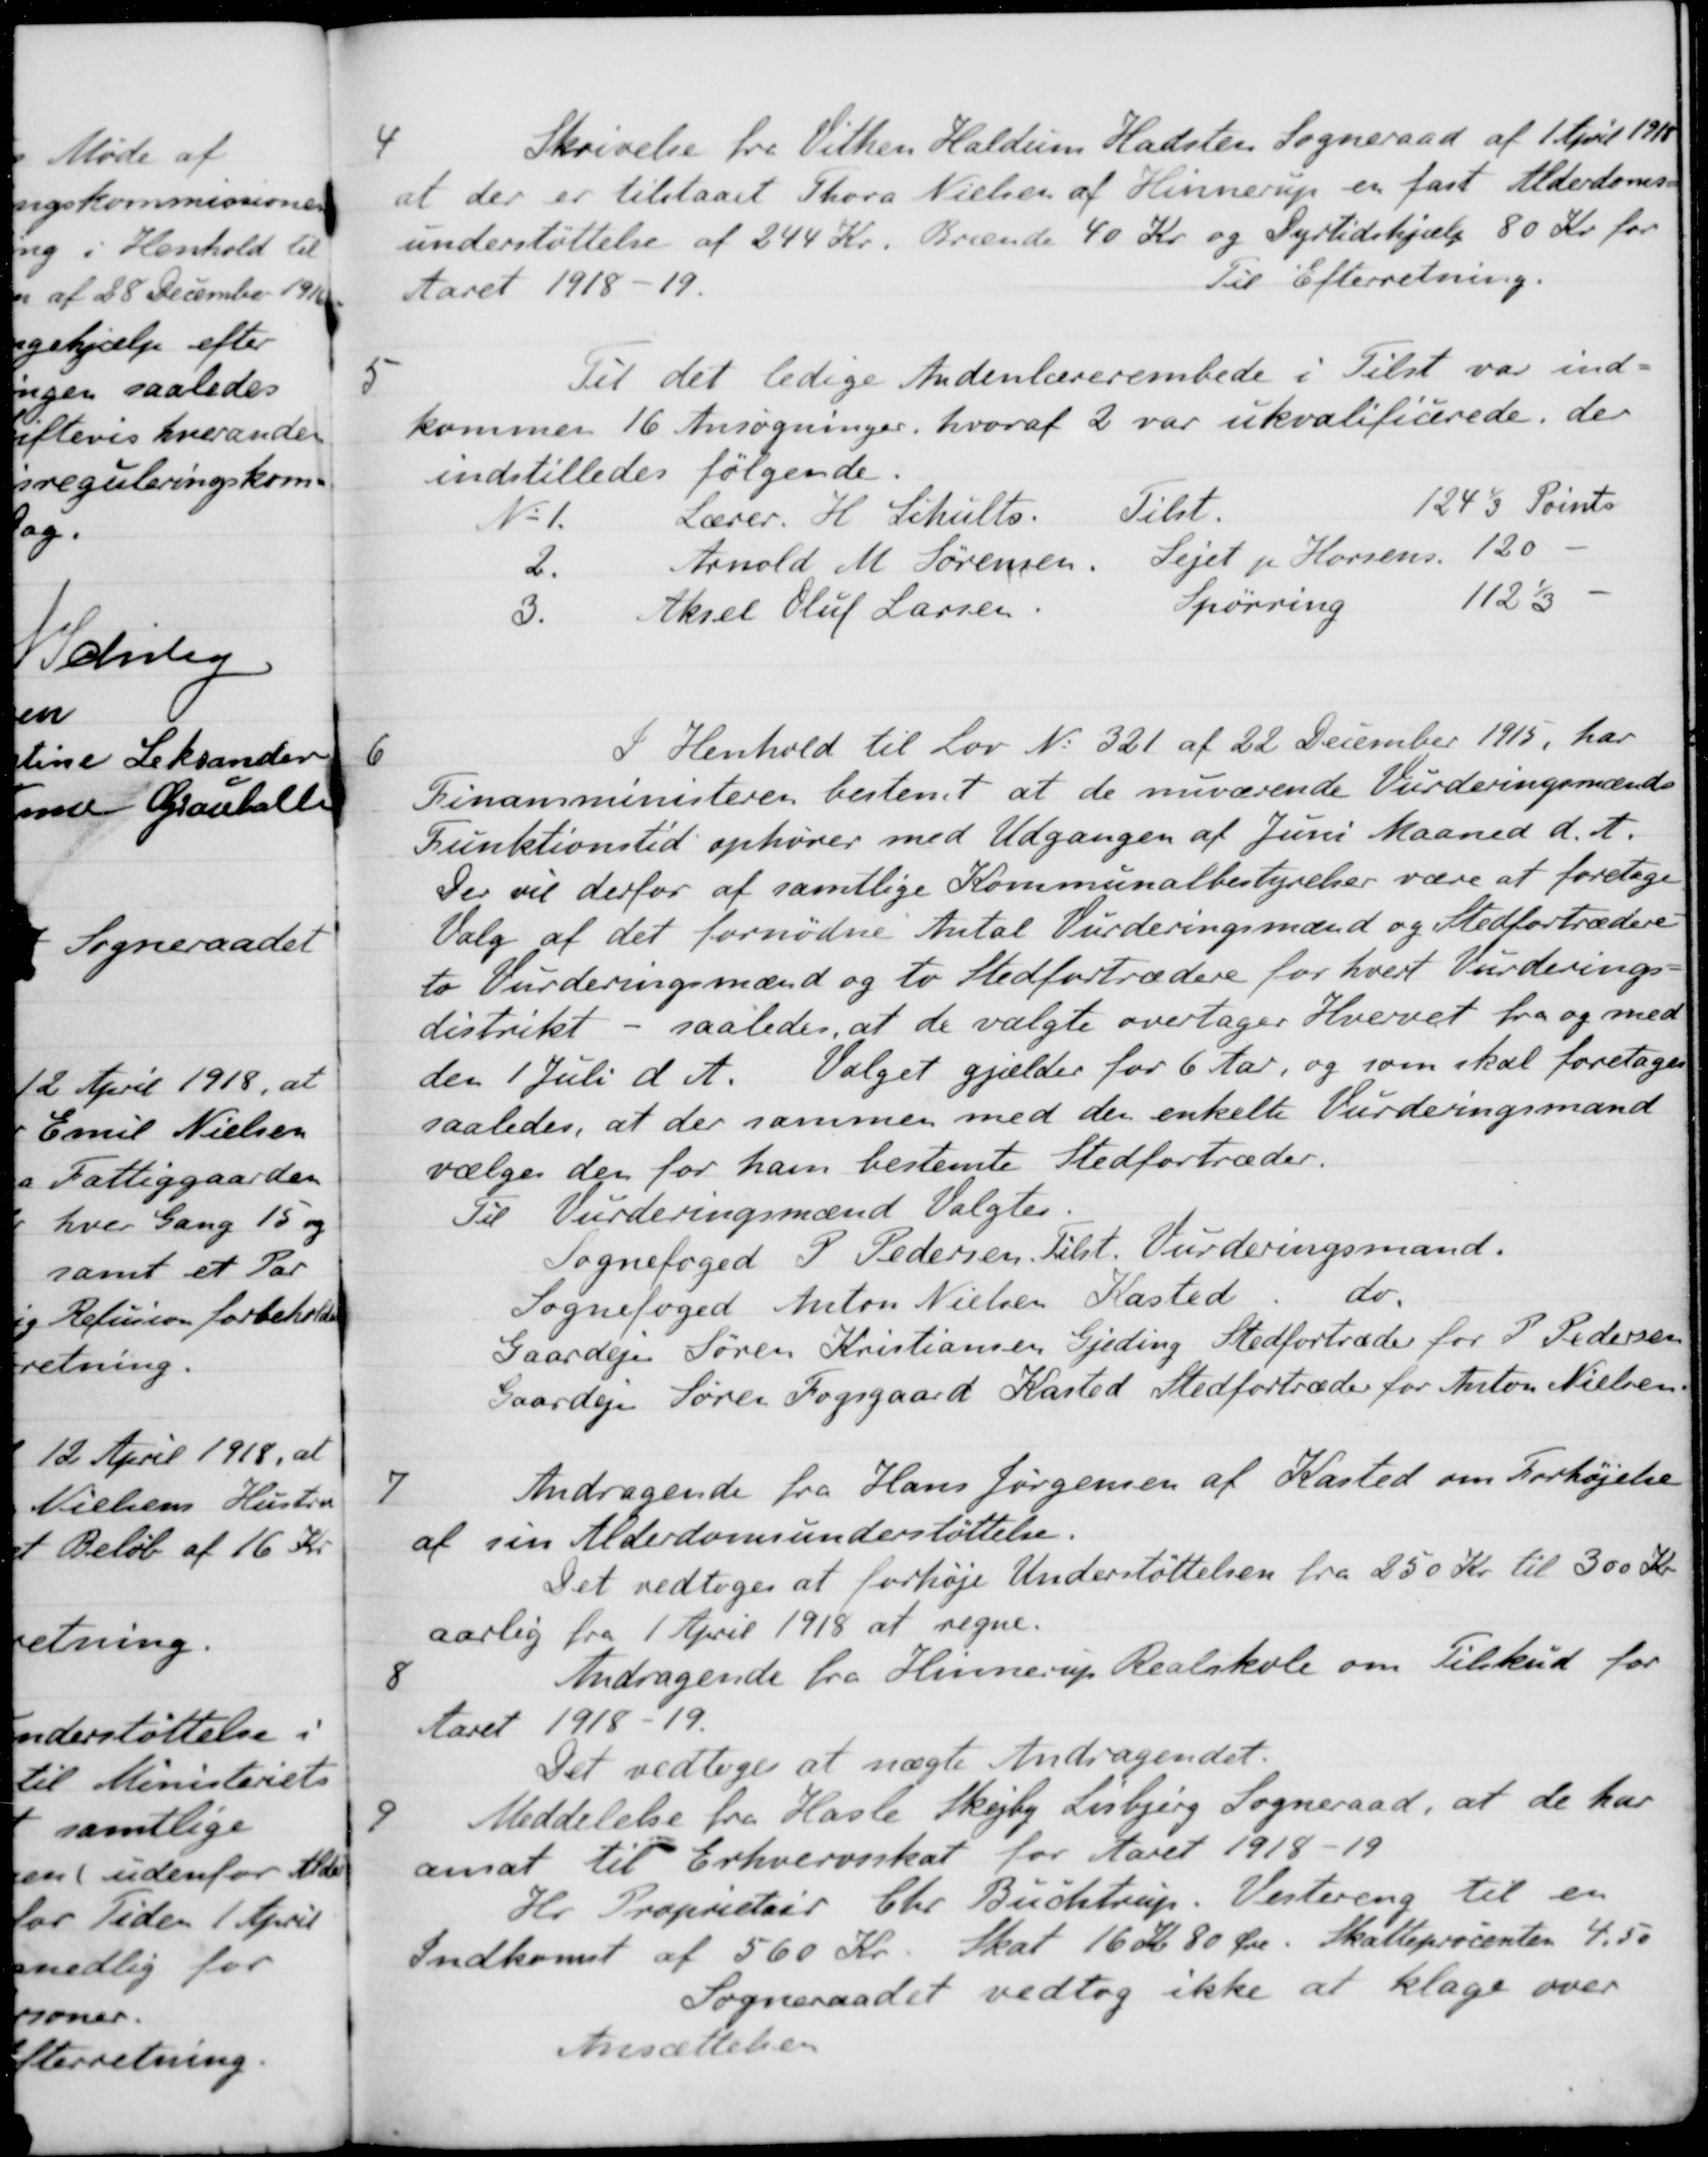
Transskription:
4
Skrivelse fra Vithen Haldum Hadsten Sogneraad af 1 April 1918
at der er tilstaaet Thora Nielsen af Hinnerup en fast Alderdoms-
understøttelse af 244 Kr. Brænde 40 Kr. og Dyrtidshjælp 80 Kr. for
Aaret 1918-19.
Til Efterretning.
5
Til det ledige Andenlærerembede i Tilst var ind-
kommen 16 Ansøgninger, hvoraf 2 var ukvalificerede, der
indstilledes følgende.
No 1
H. Schultz
Tilst
124 1/3 Points
2.
Arnold M Sørensen
Sejet pr Horsens
120
3.
Aksel Oluf Larsen
Spørring
1/3
6
I Henhold til Lov No 321 af 22 December 1915, har
Finansministeren bestemt at de nuværende Vurderingsmænds
Funktionstid ophører med Udgangen af Juni Maaned d. A.
Der vil derfor af samtlige Kommunalbestyrelser være at foretage
Valg af det fornødne Antal Vurderingsmænd og Stedfortrædere
to Vurderingsmænd og to Stedfortrædere for hvert Vurderings-
distrikt - saaledes, at de valgte overtager Hvervet fra og med
den 1 Juli d. A. Valget gjælder for 6 Aar, og som skal foretages
saaledes, at der sammen med den enkelte Vurderingsmand
vælges den for ham bestemte Stedfortræder.
Til Vurderingsmænd Valgtes
Sognefoged P. Pedersen tilst. Vurderingsmand.
Sognefoged Anton Nielsen Kasted
do.
Gaardejer Søren Kristiansen Gjeding Stedfortræder for P Pedersen
Gaardejer Søren Fogsgaard Kasted Stedfortræder for Anton Nielsen
7
Andragende fra Hans Jørgensen af Kasted om Forhøjelse
af sin Alderdomsunderstøttelse.
Det vedtoges at forhøje Understøttelsen fra 250 Kr. til 300 Kr
aarlig fra 1 April 1918 at regne.
8
Andragende fra Hinnerup Realskole om Tilskud for
Aaret 1918-19.
Det vedtoges at nægte Andragendet.
9
Meddelelse fra Hasle Skejby Lisbjerg Sogneraad, at de har
ansat til Erhvervsskat for Aaret 1918-19
Hr. Proprietair Chr. Buchtrup. Vestereng til en
Indkomst af 560 Kr. Skat 16 Kr 80 Øre. Skatteprocenten 4,50
Sogneraadet vedtog ikke at klage over
Ansættelsen